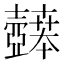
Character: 𫯉